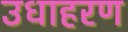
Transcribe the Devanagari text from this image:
उधाहरण